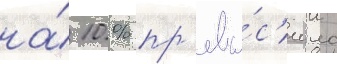
на́ 10 % пр'евы́с'ило